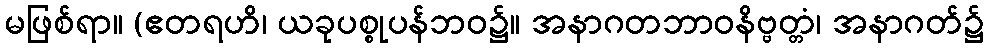
မဖြစ်ရာ။ (ဧတရဟိ၊ ယခုပစ္စုပန်ဘဝ၌။ အနာဂတဘာဝနိဗ္ဗတ္တံ၊ အနာဂတ်၌